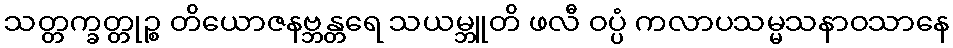
သတ္တက္ခတ္တုဉ္စ တိယောဇနဗ္ဘန္တရေ သယမ္ဘူတိ ဖလီ ဝပ္ပံ ကလာပသမ္မသနာဝသာနေ